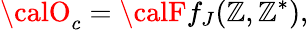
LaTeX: {\calO}_{c}={\calF}f_{J}(\mathbb{Z},\mathbb{Z}^{\ast}),